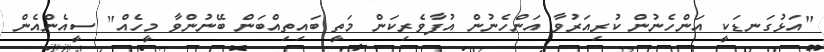
"އަޅުގަނޑަކީ އަންހެނުން ކުރިއަރުވާ އަންހެނުން އުފާވެރިކަން މަތީ ބައިތިއްބަން ބޭނުންވާ މީހެއް" ސީއެންއެން